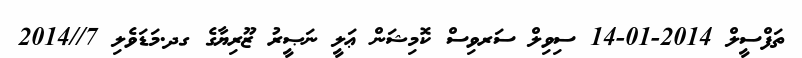
ތަފްސީލް 2014-01-14 ސިވިލް ސަރވިސް ކޮމިޝަން ޢަލީ ނަޞީރު ޒޫރިޔާގެ ގދ.މަޑަވެލި 7//2014